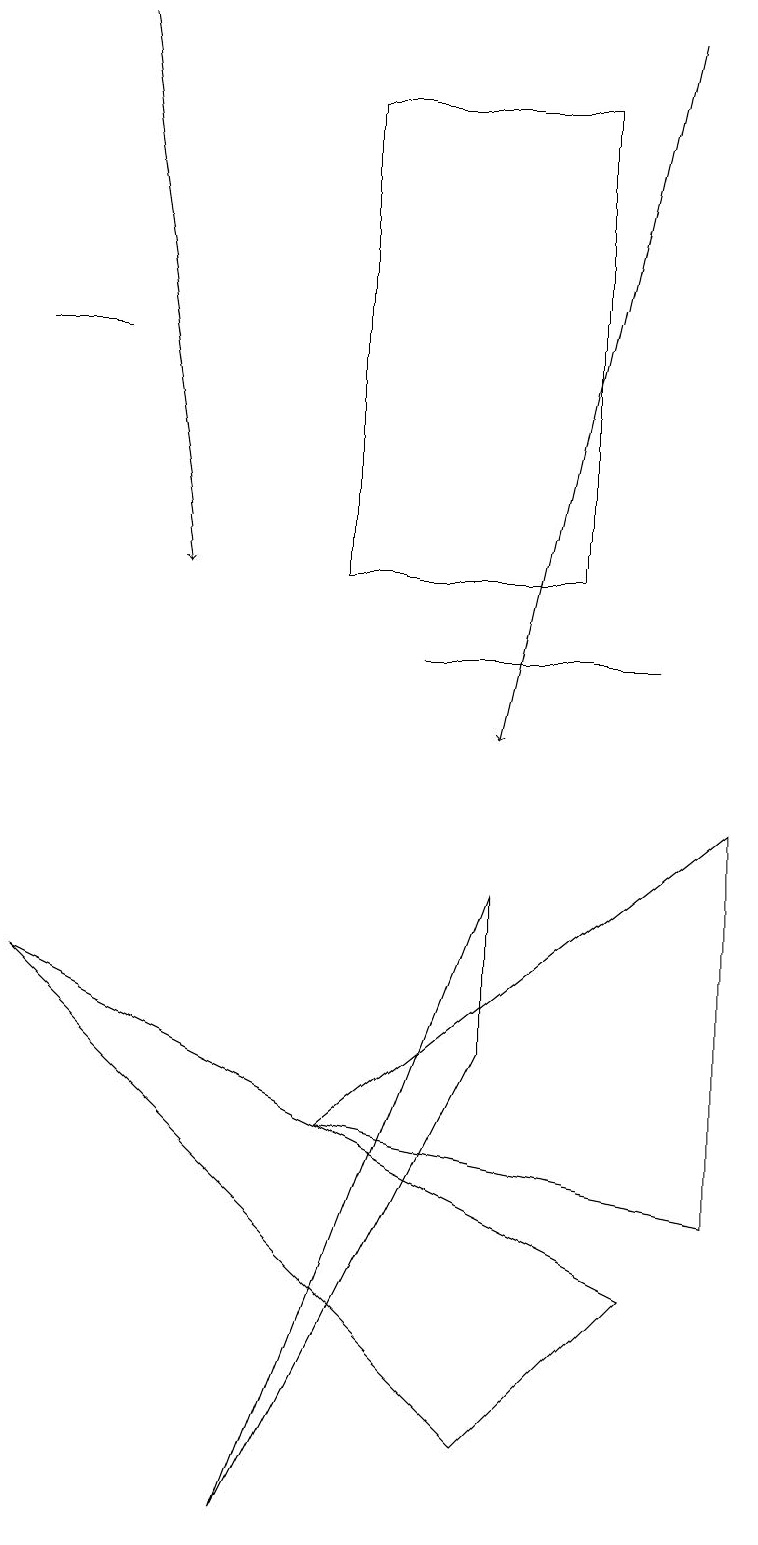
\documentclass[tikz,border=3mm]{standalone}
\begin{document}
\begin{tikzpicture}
\draw (4,18) rectangle (7,12);
\draw[->] (8,19) -- (6,10);
\draw (4,5) -- (9,9) -- (9,4) -- cycle;
\draw (0,15) rectangle (1,15);
\draw (6,6) -- (3,0) -- (6,8) -- cycle;
\draw[->] (1,19) -- (2,12);
\draw (6,1) -- (0,7) -- (8,3) -- cycle;
\draw (5,11) rectangle (8,11);
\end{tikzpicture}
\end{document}